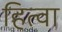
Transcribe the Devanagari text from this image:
हित्वा